Civil Veterinary Dept. Bombay admin report 1932-41 - 1932-1941
Year: 1932
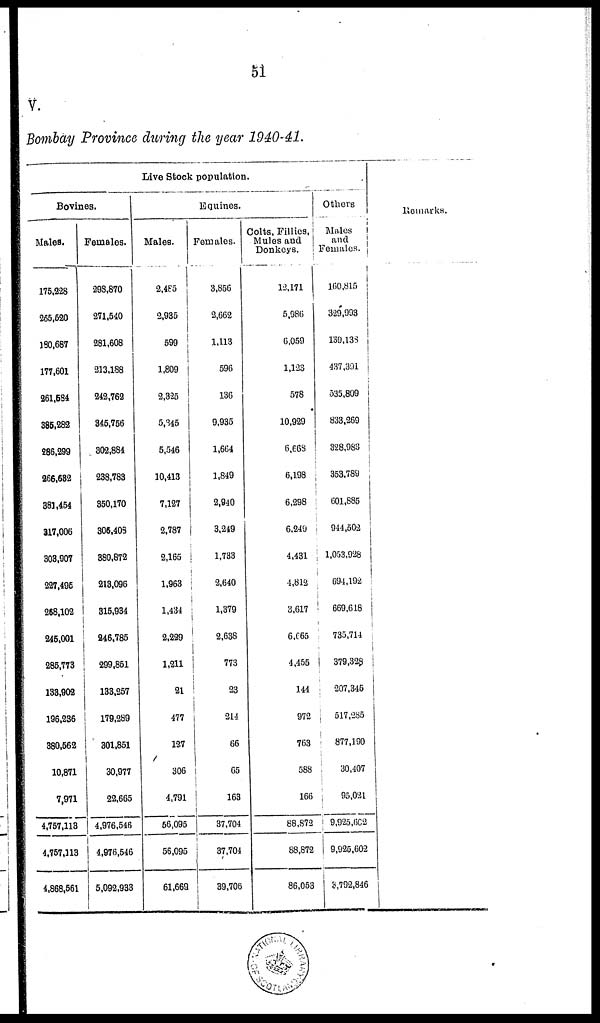
51
V.
Bombay Province during the year 1940-41.
Live Stock population.
Bovines.
Males.
175,228
265,520
180,687
177,601
261,584
385,282
286,299
266,632
381,454
317,006
303,907
227,495
268,102
245,001
285,773
133,902
196,236
380,562
10,871
7,971
4,757,113
4,757,113
4,868,561
Females.
298,870
271,540
281,608
213,188
242,762
345,756
302,884
238,783
350,170
305,403
380,872
213,096
315,934
246,785
299,851
133,257
179,289
301,851
30,977
22,665
4,976,546
4,976,546
5,092,933
Equines.
Males.
2,485
2,935
599
1,809
2,325
5,345
5,546
10,413
7,127
2,787
2,165
1,963
1,434
2,229
1,211
21
477
127
306
4,791
56,095
56,095
61,669
Females.
3,856
2,662
1,113
596
136
9,935
1,664
1,849
2,940
3,249
1,733
2,640
1,379
2,638
773
23
214
66
65
163
37,704
37,704
39,706
Colts, Fillies,
Mules and
Donkeys.
12,171
5,086
6,059
1,123
578
10,929
6,668
6,198
6,298
6,249
4,431
4,812
3,617
6,665
4,455
144
972
763
588
166
88,872
88,872
86,053
Others
Males
and
Females.
160,815
329,993
139,133
437,391
535,809
833,269
328,983
353,789
601,885
944,502
1,053,928
694,192
669,618
735,714
379,328
207,345
517,285
877,190
30,407
95,021
9,925,602
9,925,602
3,792,846
Remarks.